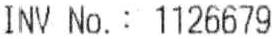
INV NO. : 1126679